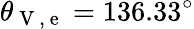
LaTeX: \theta_{\mathrm{~V~,~e~}}=136.33^{\circ}